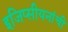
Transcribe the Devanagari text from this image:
इजिप्सीयनांची